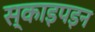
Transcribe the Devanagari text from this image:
स्काइपइन